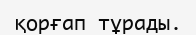
қорғап тұрады.